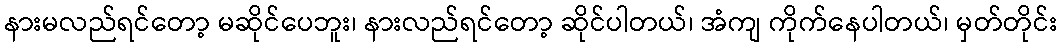
နားမလည်ရင်တော့ မဆိုင်ပေဘူး၊ နားလည်ရင်တော့ ဆိုင်ပါတယ်၊ အံကျ ကိုက်နေပါတယ်၊ မှတ်တိုင်း